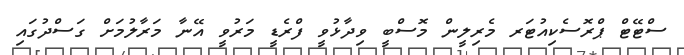
ސްޓޭޓް ޕްރޮސެކިއުޓަރ މެރިލީން މޮސްބީ ވިދާޅުވީ ފްރެޑީ މަރުވީ އޭނާ މަރާލުމަށް ގަސްދުގައި